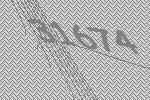
31674